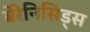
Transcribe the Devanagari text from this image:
बेरेनिसिड्स